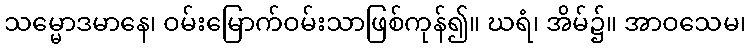
သမ္မောဒမာနေ၊ ဝမ်းမြောက်ဝမ်းသာဖြစ်ကုန်၍။ ဃရံ၊ အိမ်၌။ အာဝသေမ၊